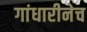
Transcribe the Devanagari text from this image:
गांधारीनेच